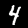
Label: 4